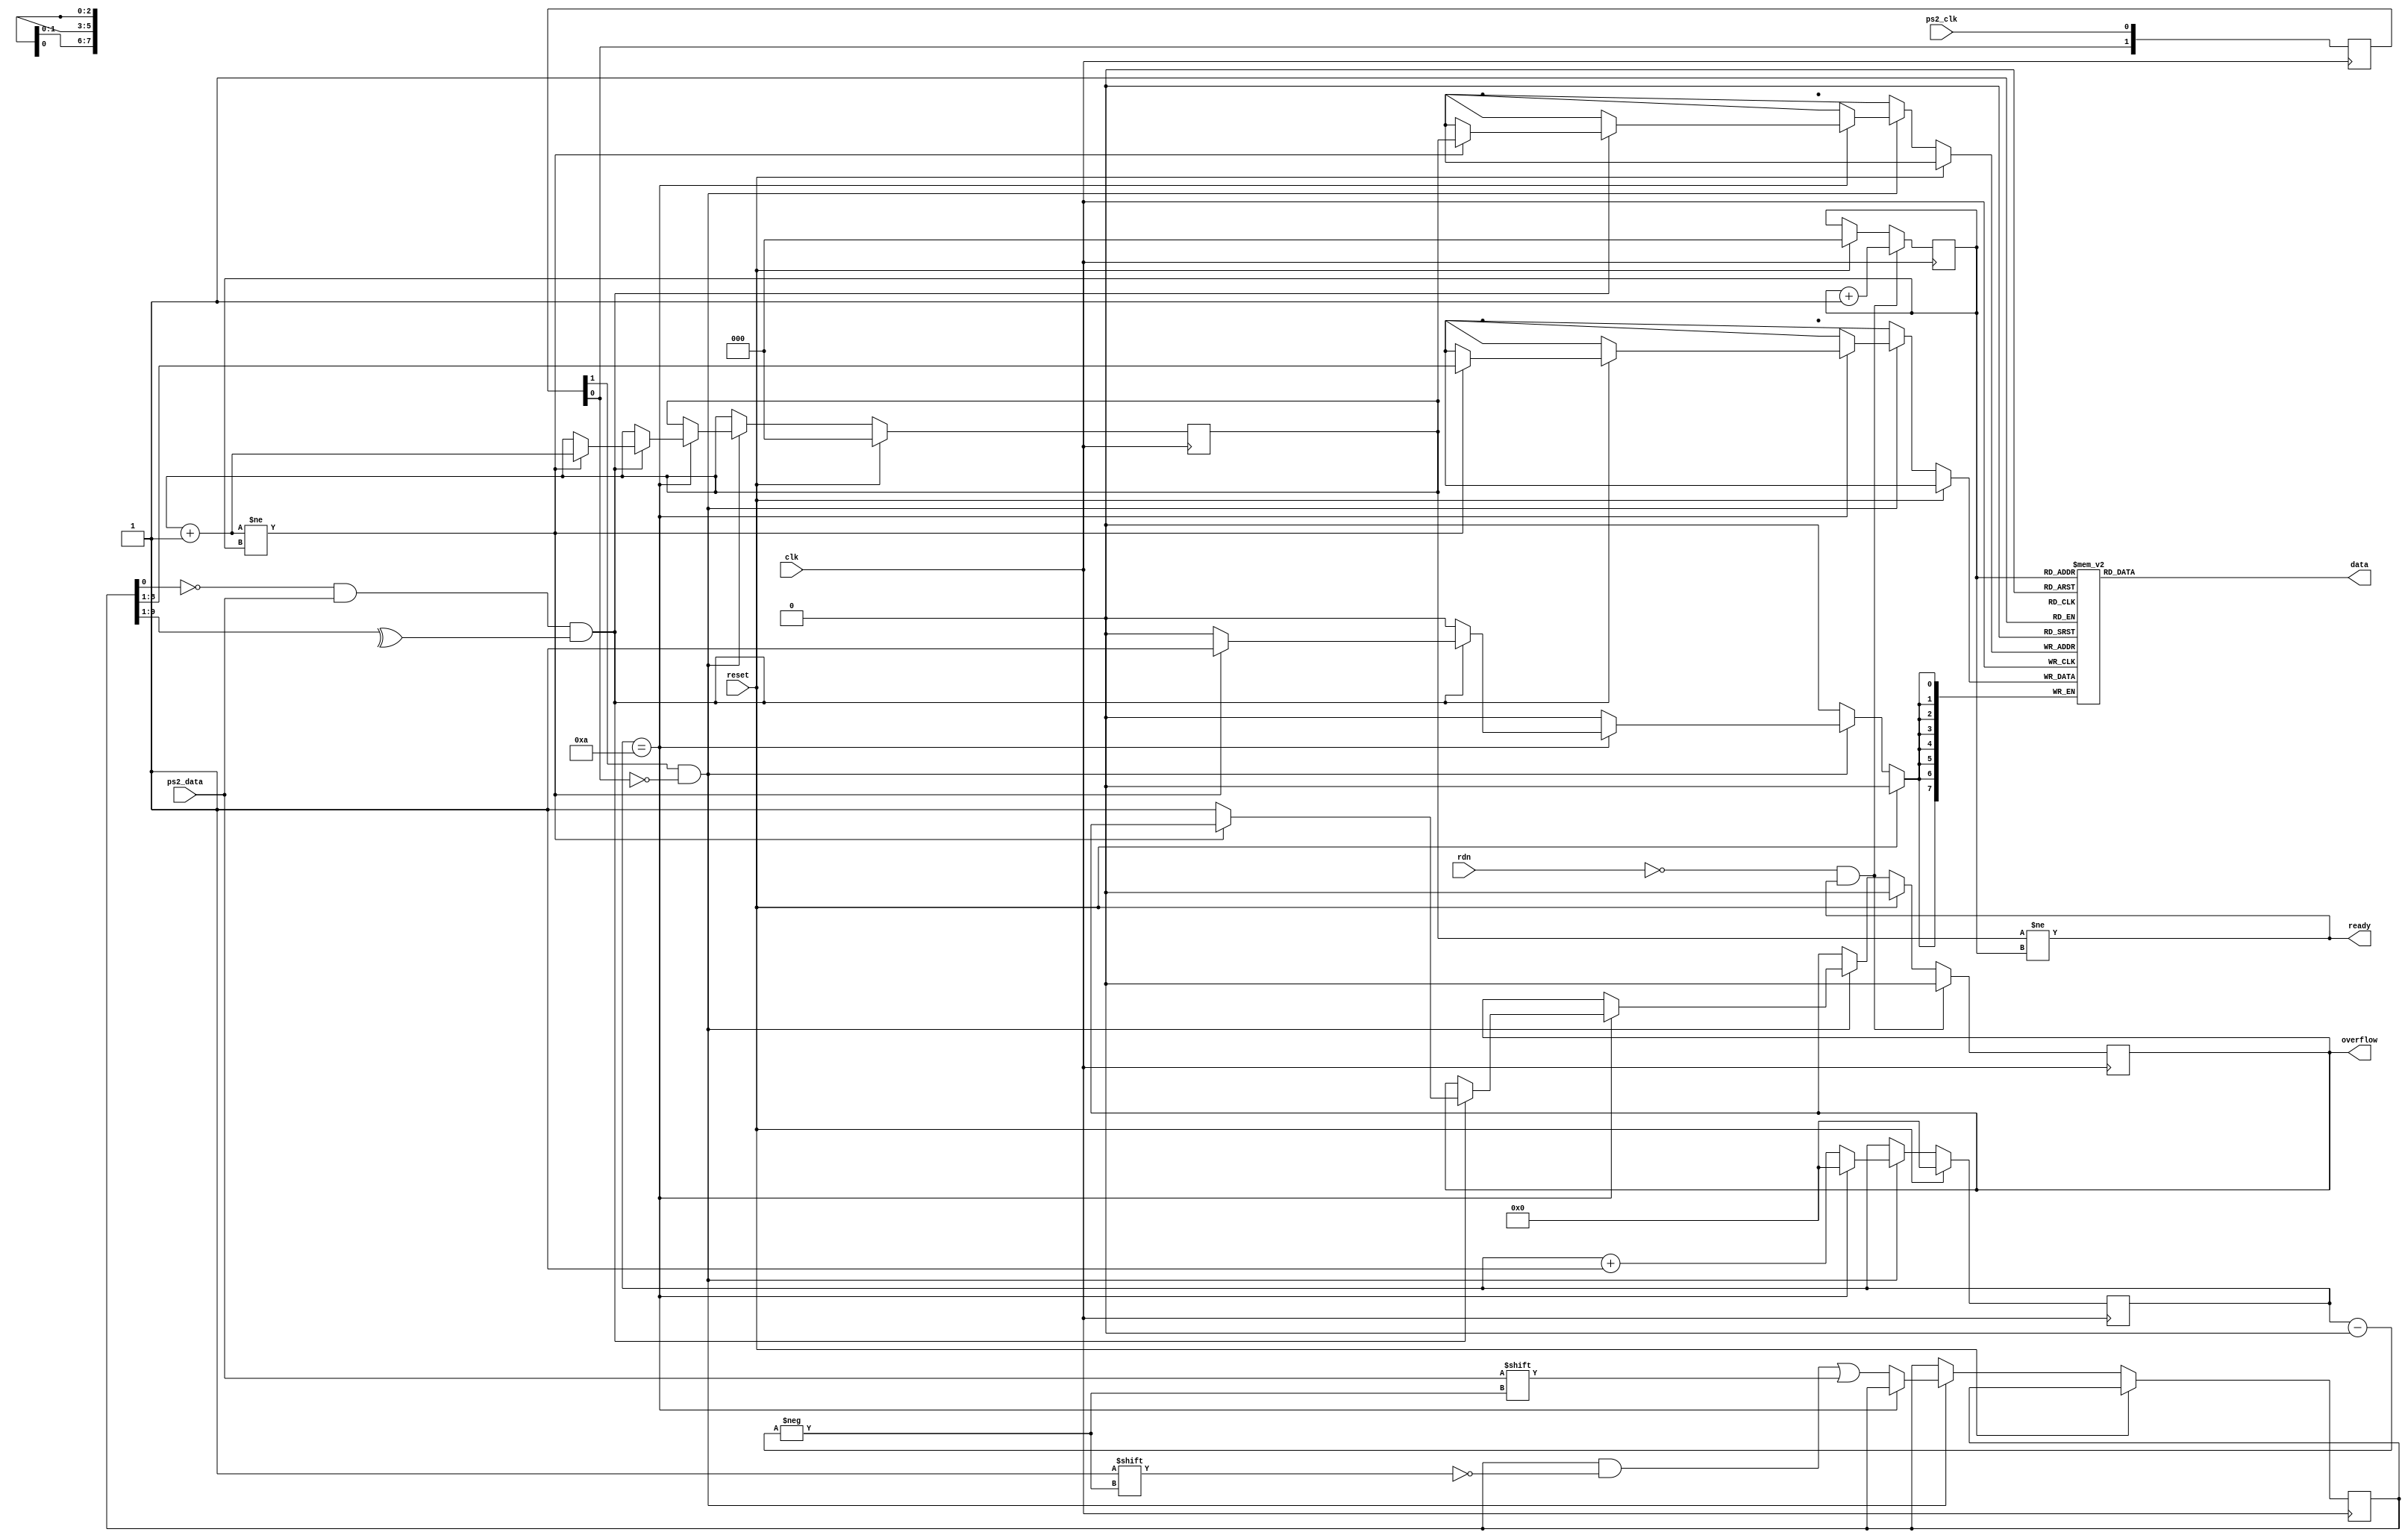
`timescale 1ns / 1ps
//////////////////////////////////////////////////////////////////////////////////
// Company: 
// Engineer: 
// 
// Design Name: 
// Module Name:    ps2 
// Project Name: 
// Target Devices: 
// Tool versions: 
// Description: 
//
// Dependencies: 
//
// Revision: 
// Revision 0.01 - File Created
// Additional Comments: 
//
//////////////////////////////////////////////////////////////////////////////////
module ps2(clk, reset, ps2_clk, ps2_data, rdn, data, ready, overflow);
input					clk, ps2_clk, ps2_data, rdn, reset;
output	[7:0]		data;
output				ready;
output				overflow;

reg		[9:0]		buffer;
reg		[7:0]		queue[7:0];
reg		[3:0]		count;
reg		[2:0]		head, tail;
reg		[1:0]		negedge_detect;
reg					overflow;
wire					sampling;


// for simulation
initial begin
//	head <= 3;
//	tail <= 0;
//	queue[0] <= 8'h1c;
//	queue[1] <= 8'hf0;
//	queue[2] <= 8'h1c;
end

always @(posedge clk) begin
	negedge_detect <= {negedge_detect[0], ps2_clk};
end

assign sampling = negedge_detect[1] & (~negedge_detect[0]);

always @(posedge clk) begin
	if (reset) begin
		count <= 0;
		head <= 0;
		tail <= 0;
		overflow <= 0;
	end else if (sampling) begin
		if (count == 10) begin
			if (buffer[0] == 0 && ps2_data && (^buffer[9:1])) begin
				if (head + 3'b1 != tail) begin
					queue[head] <= buffer[8:1];
					head <= head + 3'b1;
				end else begin
					overflow <= 1;
				end
			end
			count <= 0;
		end else begin
			buffer[count] <= ps2_data;
			count <= count + 4'b1;
		end
	end
	if (!rdn && ready) begin
		tail <= tail + 3'b1;
		overflow <= 0;
	end	
end

assign ready = (head != tail);
assign data = queue[tail];

endmodule